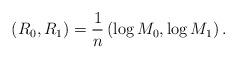
LaTeX: \begin{align*}\left(R_0, R_1\right)=\frac{1}{n}\left(\log M_0, \log M_1\right). \end{align*}